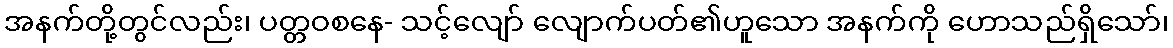
အနက်တို့တွင်လည်း၊ ပတ္တဝစနေ- သင့်လျော် လျောက်ပတ်၏ဟူသော အနက်ကို ဟောသည်ရှိသော်၊